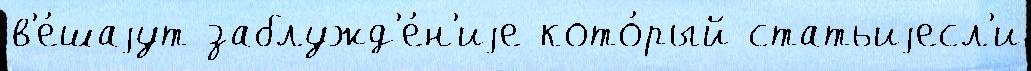
в'е́шаjут заблужд'е́н'иjе кото́рый статьиjесл'и